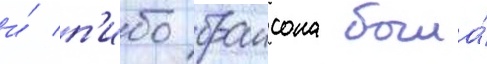
и́ п'ибо браисона была́